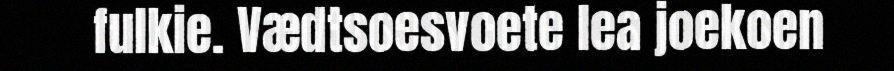
fulkie. Vædtsoesvoete lea joekoen